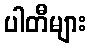
ပါတီများ